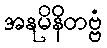
အနုမိနိတဗ္ဗံ